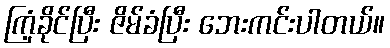
ကြံ့ခိုင်ပြီး ဇိမ်ခံပြီး ဘေးကင်းပါတယ်။